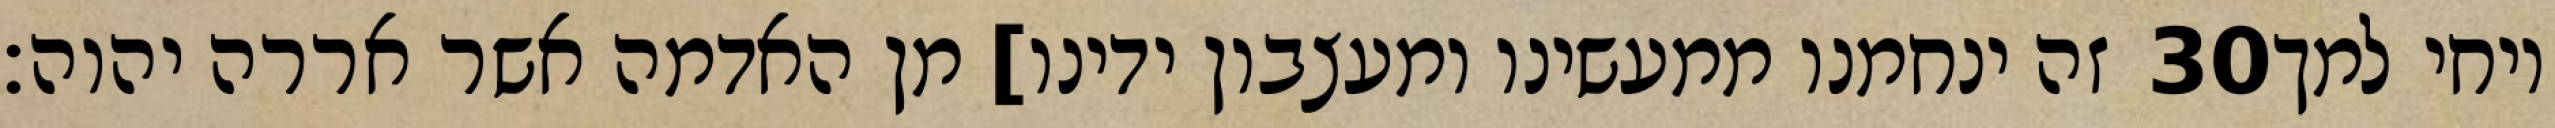
זה ינחמנו ממעשינו ומעצבון ידינו] מן האדמה אשר אררה יהוה׃ ‎30‏ ויחי למך